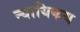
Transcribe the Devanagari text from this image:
न्यायिकय